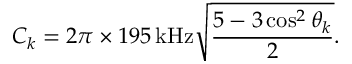
C _ { k } = 2 \pi \times 1 9 5 \, \mathrm { k H z } \sqrt { \frac { 5 - 3 \cos ^ { 2 } \theta _ { k } } { 2 } } .